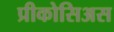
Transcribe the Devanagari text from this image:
प्रीकोसिअस